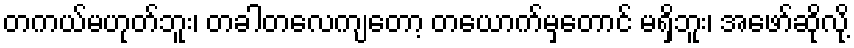
တကယ်မဟုတ်ဘူး၊ တခါတလေကျတော့ တယောက်မှတောင် မရှိဘူး၊ အဖော်ဆိုလို့